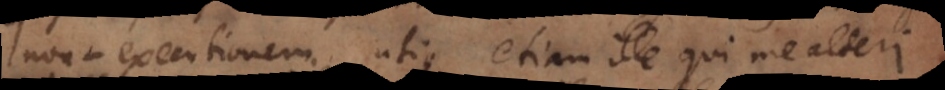
non‐executionem, utique etiam ille qui me alteri